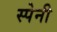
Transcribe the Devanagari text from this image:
स्‍पेनी